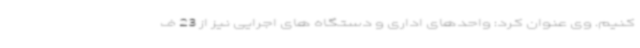
کنیم. وی عنوان کرد: واحدهای اداری و دستگاه های اجرایی نیز از 23 ف